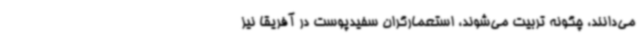
می‌دانند، چگونه تربیت می‌شوند، استعمارگران سفیدپوست در آفریقا نیز